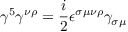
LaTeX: \gamma ^ { 5 } \gamma ^ { \nu \rho } = { \frac { i } { 2 } } \epsilon ^ { \sigma \mu \nu \rho } \gamma _ { \sigma \mu }